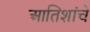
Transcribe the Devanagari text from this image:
आतिशांचे